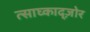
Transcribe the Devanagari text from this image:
त्साघ्काद्ज़ोर